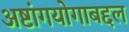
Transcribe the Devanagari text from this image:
अष्टांगयोगाबद्दल